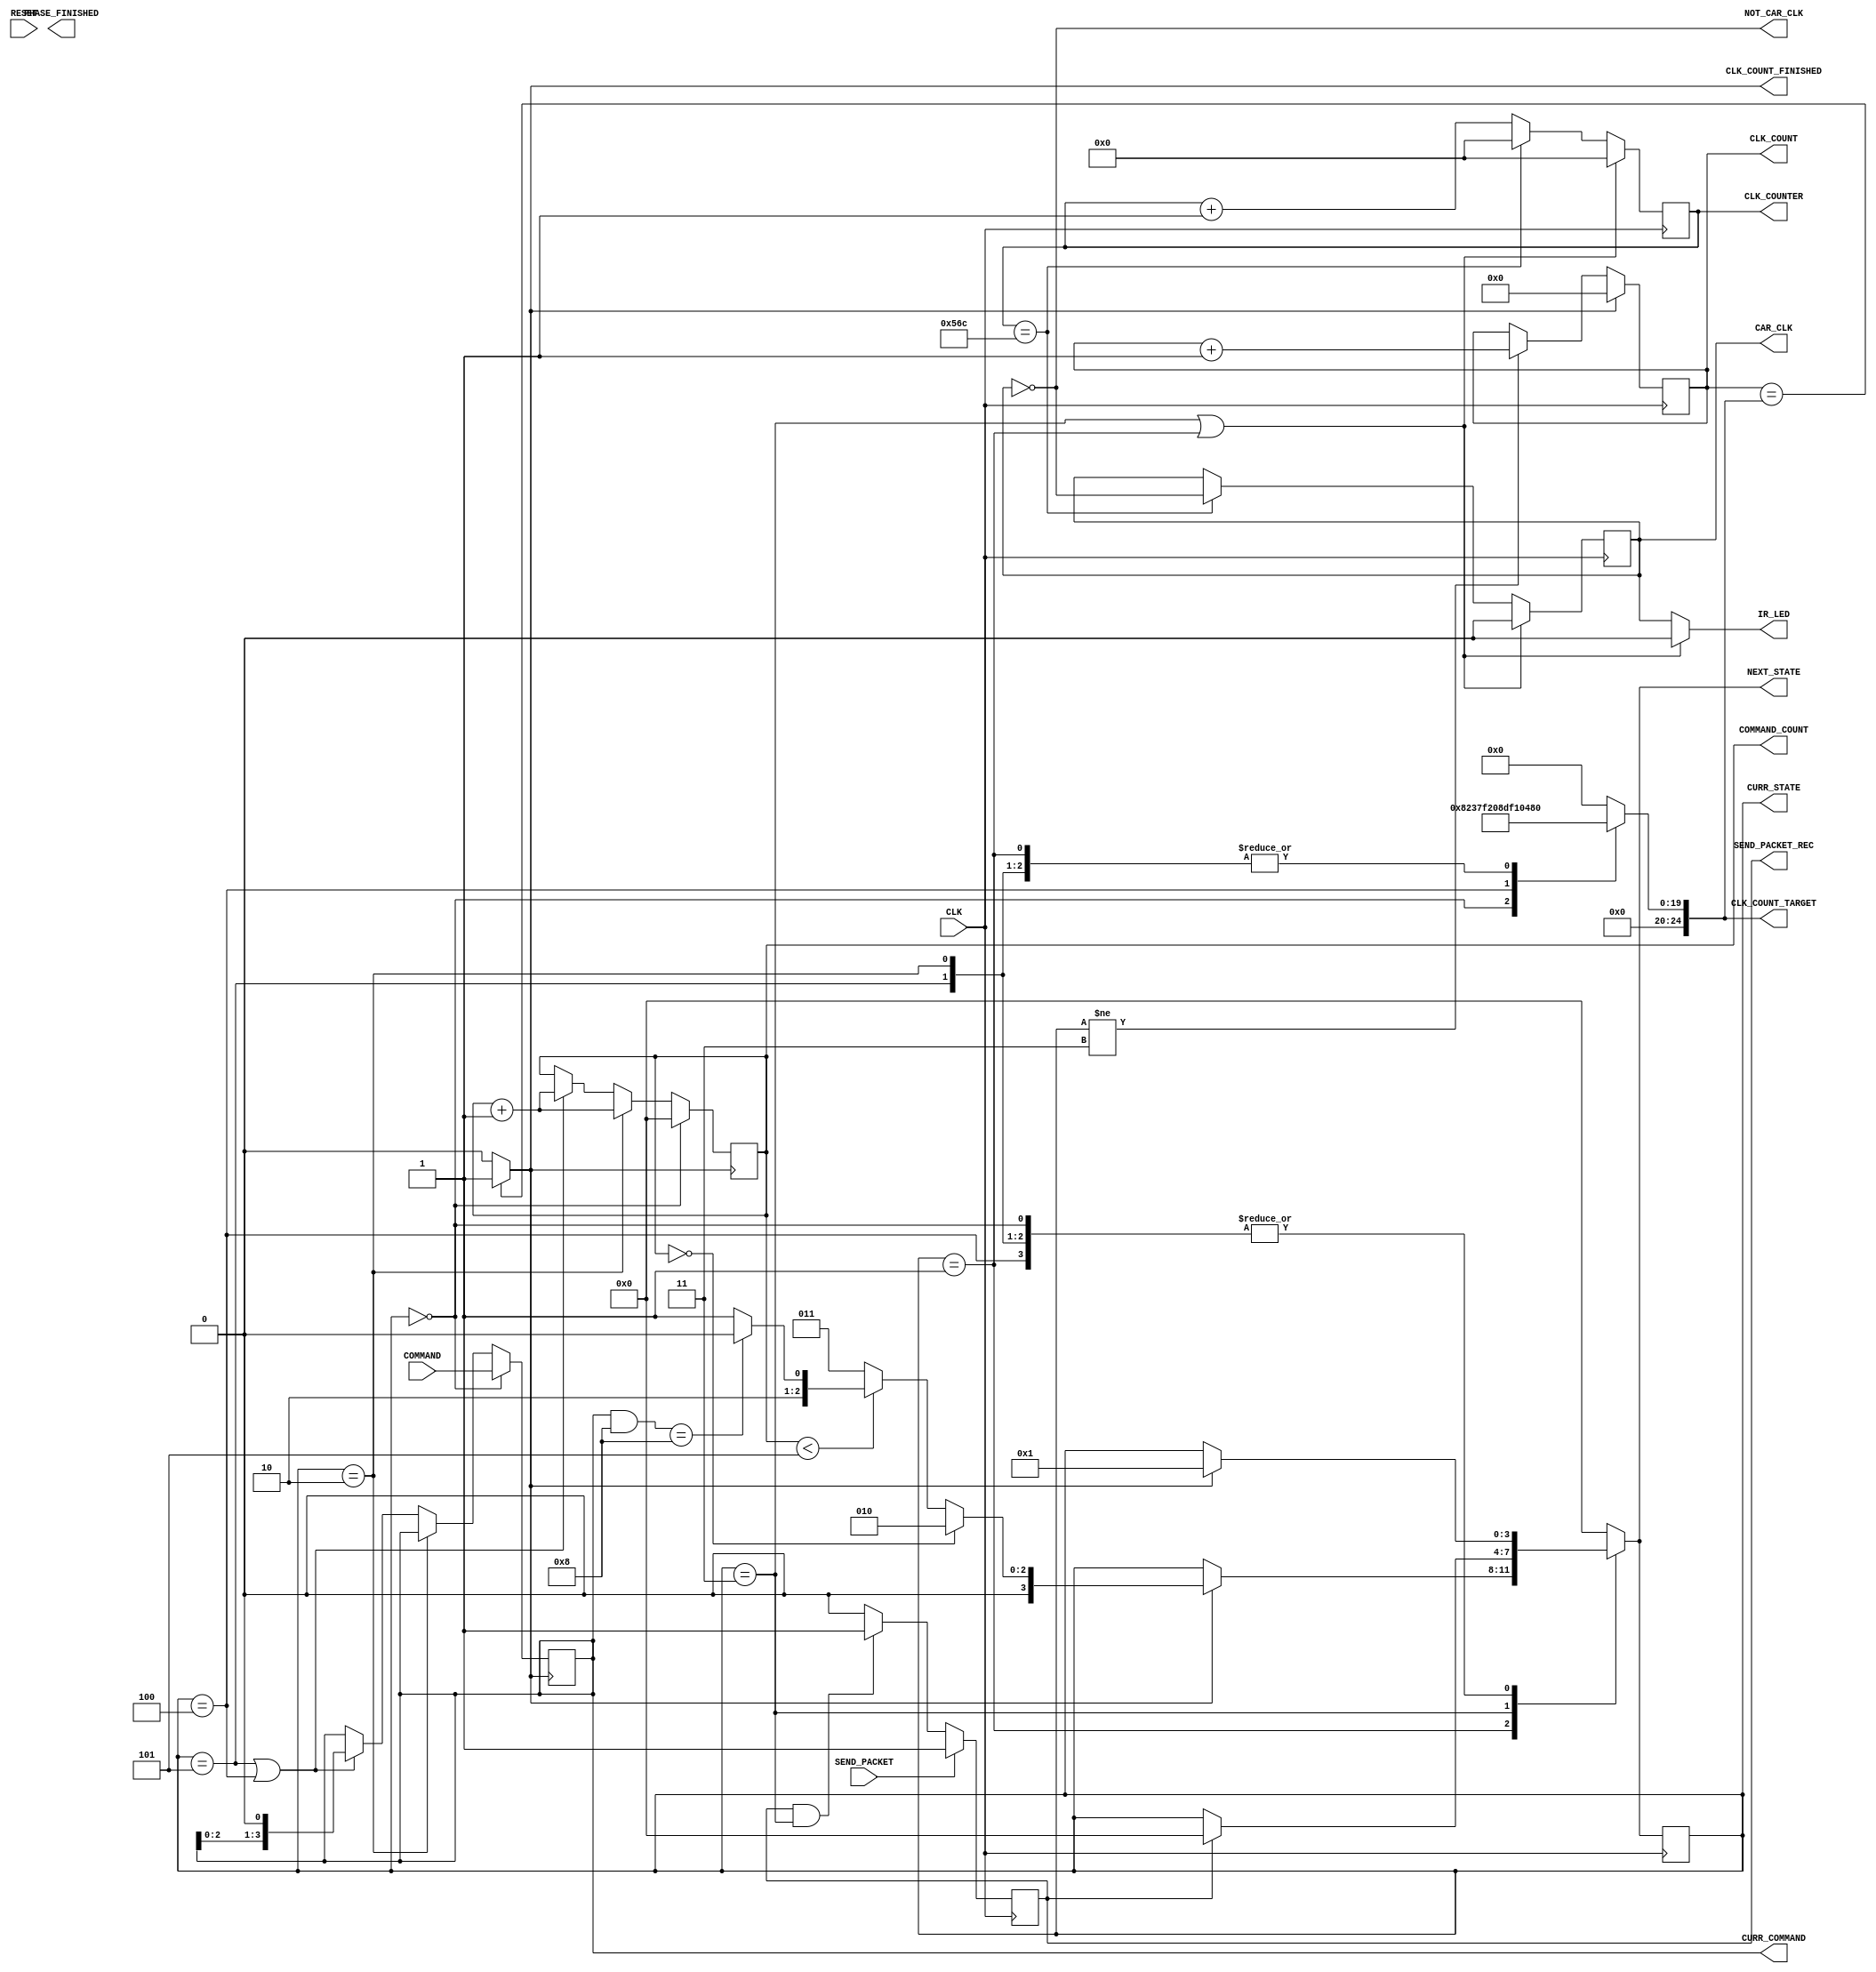
`timescale 1ns / 1ps
//////////////////////////////////////////////////////////////////////////////////
// Company: 
// Engineer: 
// 
// Design Name: 
// Module Name: IR_SM
// Project Name: 
// Target Devices: 
// Tool Versions: 
// Description: 
// 
// Dependencies: 
// 
// Revision:
// Revision 0.01 - File Created
// Additional Comments:
// 
//////////////////////////////////////////////////////////////////////////////////


module IRTransmitterSM(
    input CLK,
    input [3:0] COMMAND,
    input SEND_PACKET,
    input RESET,
    output IR_LED,
    output PHASE_FINISHED,
    output [3:0] CURR_STATE,
    output [3:0] NEXT_STATE,
    output CAR_CLK,
    
    output SEND_PACKET_REC,
    output [3:0] CURR_COMMAND,
    output [3:0] COMMAND_COUNT,
    output NOT_CAR_CLK,
    output [24:0] CLK_COUNT,
    output [24:0] CLK_COUNT_TARGET,
    output CLK_COUNT_FINISHED,
    output [15:0] CLK_COUNTER
    );
    
    reg ir_led;
    reg [3:0] curr_state;
    reg [3:0] next_state;
    reg [3:0] curr_command;
    reg [3:0] command_count;
    reg [7:0] pulse_count;
    reg [7:0] pulse_count_target;
    reg phase_finished;   
    reg out;
    reg send_packet_rec;
    reg [15:0] clk_counter;
    reg [24:0] clk_count;
    reg [24:0] clk_count_target;
    reg clk_count_finished;
    
    reg car_clk;
    reg not_car_clk;
    
    assign CURR_COMMAND = curr_command;
    assign COMMAND_COUNT = command_count;
    assign IR_LED = ir_led;
    assign CURR_STATE = curr_state;
    assign NEXT_STATE = next_state;
    assign CAR_CLK = car_clk;
    assign SEND_PACKET_REC = send_packet_rec;
    assign NOT_CAR_CLK = not_car_clk;
    assign CLK_COUNT = clk_count;
    assign CLK_COUNT_TARGET = clk_count_target;
    assign CLK_COUNT_FINISHED = clk_count_finished;
    assign CLK_COUNTER = clk_counter;
    
    parameter StartBurstSize = 192;
    parameter CarSelectBurstSize = 24;
    parameter GapSize = 24;
    parameter AssertBurstSize = 48;
    parameter DeAssertBurstSize = 24;
    
    //set initial command
    initial begin  
        clk_count_target = 0;  
        clk_count = 0;
        send_packet_rec = 0;
    
        // start in wait state
        curr_state = 4'd3;
        next_state = 4'd3;
        
        clk_counter = 0;
        car_clk=0;
       
        command_count = 3'd0;
        pulse_count = 8'b00000000;
        phase_finished = 0;
        pulse_count_target = 0;
        out = 0;
        
        curr_command = 4'd0000;
    end
    
  
    //----- 36KHz clock ------
    
    always@(posedge CLK)begin
        if(curr_state == 3 || curr_state == 1)begin
            clk_counter <=0;
            car_clk <=0;
        end
        else begin
            if(clk_counter == 1388)begin
                car_clk = ~car_clk;
                clk_counter<=0;
            end
            else
                clk_counter <= clk_counter +1;
        end
    end
    
    always@(car_clk)
        not_car_clk <= ~car_clk;
    //----- State Machine ------
    
    //Sequential Logic
    always@(posedge CLK) begin
       curr_state <= next_state;
        
    end
 
    //CLK counter
    always@(posedge CLK)begin
        if(clk_count_finished)
            clk_count<=0;
        else begin
            if(curr_state != 3)
                clk_count <= clk_count + 1;
        end
    end
    always@(*)begin
        if(clk_count == clk_count_target)begin
            clk_count_finished <=1;
        end
        else
            clk_count_finished <=0;
    end
    
    //increment command count
    always@(posedge clk_count_finished)begin
        if(curr_state == 0)begin
            command_count <= 0;
            curr_command <= COMMAND;
        end
        else if(curr_state == 2)begin
            command_count <= command_count +1;
            curr_command <= curr_command;
        end
        else if(curr_state == 5 || curr_state == 4)begin
            command_count <= command_count+1;
            curr_command <= curr_command << 1;
        end  
        else begin
            command_count <= command_count;
            curr_command <= curr_command;
        end
            
    end 
    
    
    //manage the send packet signal
    always@(posedge CLK)begin
        if(SEND_PACKET)
            send_packet_rec <=1;
        else if(send_packet_rec == 1 && curr_state == 3)
            send_packet_rec <=1;
        else
            send_packet_rec <=0;
    end
    
    // handle command count (right left forward or back
    /*always@(curr_state)begin
        
    end*/
   
   
    //handle pulse count target
    always@(*)begin 
        case(curr_state)
            //start
            4'd0    :begin
                pulse_count_target <= StartBurstSize;
                clk_count_target <= (StartBurstSize * 2) * 1389 - 1;
            end
            //gap
            4'd1    :begin
                pulse_count_target <= 0;
                clk_count_target <= GapSize * 2 * 1389 - 1;
            end
            //select
            4'd2    :begin
                pulse_count_target <= CarSelectBurstSize;
                clk_count_target <= (CarSelectBurstSize * 2 ) * 1389 - 1;
            end
            //wait
            4'd3    :begin
                pulse_count_target <= 1;
                clk_count_target <= 0;
            end
            //assert
            4'd4    :begin
                pulse_count_target <= AssertBurstSize;
                clk_count_target <= (AssertBurstSize* 2 ) * 1389 - 1;
            end
            //de assert
            4'd5    :begin
                pulse_count_target <= DeAssertBurstSize;
                clk_count_target <= (DeAssertBurstSize* 2 ) * 1389 - 1;
            end
            default :begin
                pulse_count_target <= 0;
                clk_count_target <= 0;
            end
        endcase
    end
    //combinatorial logic
    always@(phase_finished or send_packet_rec or curr_state or pulse_count or clk_count_finished)begin
        
        case (curr_state)
            //START:    0
            //GAP:      1
            //SELECT:   2
            //WAIT:     3
            //ASSERT:   4
            //DE-ASSERT:5
            
            //START
            4'd0    :begin
                if(clk_count_finished)begin
                    next_state <= 4'd1;
                end
                
                else begin
                    next_state <= curr_state;         
                end
            end
            
            //GAP
            4'd1    :begin

                if(clk_count_finished)begin

                    if(command_count == 0)begin
                    //go to select
                        next_state<=4'd2;

                    end
                    else begin
                        if(command_count < 5) begin
                            if((curr_command & 4'b1000) == 4'b1000)begin
                                //go to ASSERT
                                next_state<=4'd4;
                            end
                            else begin
                                //go to DE ASSERT
                                next_state<=4'd5;
                            end
                        end
                        else begin
                            //go to wait
                            next_state <= 4'd3;
                        end
                    end
                end
                else begin
                    next_state <= curr_state;
                end
            end
            
            //SELECT
            4'd2    :begin

                if(clk_count_finished)begin
                    //go to GAP
                    next_state <= 4'd1;
                end
                else begin
                    next_state <= curr_state;
                end
            end
            
            //WAIT - wait for next SEND_PACKET 
            4'd3    :begin
                if(send_packet_rec)begin
                    next_state <= 4'd0;               
                end
                else begin 
                    next_state <= curr_state;
                end
            end
            
            //ASSERT
            4'd4    :begin
                if(clk_count_finished)begin
                    //go to GAP
                    next_state <= 4'd1;
                end
                else begin
                    next_state <= curr_state;
                end
            end
            
            //de assert
            4'd5    :begin
                if(clk_count_finished)begin
                    next_state <= 4'd1;
                    //go to GAP
                end 
                else begin
                    next_state <= curr_state;
                end
            end
            default:    begin
                next_state<= 0;
            end
        endcase
      end      
      
      
      //-----Tie clock to state machine output
    
      
    always@(car_clk or curr_state)begin
        if(curr_state == 1||curr_state == 3)
            ir_led<=0;
        else begin
            /*if(alternate)
                ir_led <= ~car_clk;
                
            else*/
                ir_led<=car_clk;
        end
    end
        
endmodule